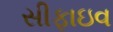
સીફાઇવ